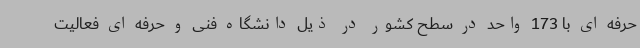
حرفه ای با 173 واحد در سطح کشور در ذیل دانشگاه فنی و حرفه ای فعالیت